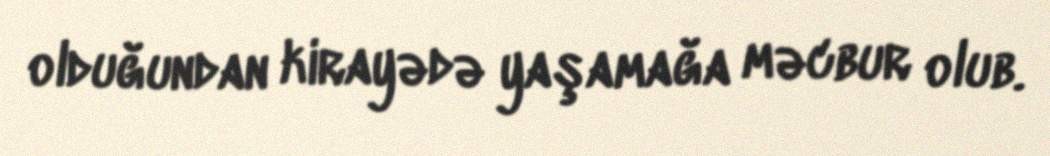
olduğundan kirayədə yaşamağa məcbur olub.